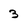
Character: 3